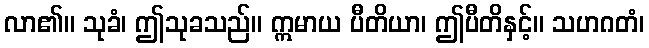
လာ၏။ သုခံ၊ ဤသုခသည်။ ဣမာယ ပီတိယာ၊ ဤပီတိနှင့်။ သဟဂတံ၊